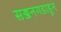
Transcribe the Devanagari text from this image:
सज्जनगडाहून